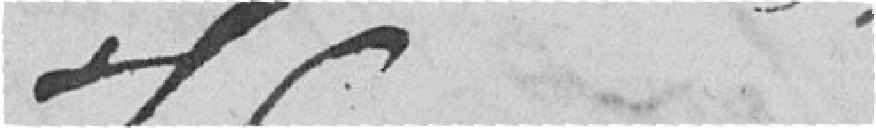
??